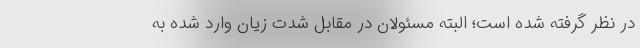
در نظر گرفته شده است؛ البته مسئولان در مقابل شدت زیان وارد شده به